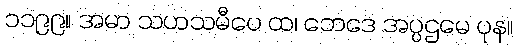
၁၁၉၉။ အမာ သဟသမီပေ ထ၊ ဘေဒေ အပ္ပဌမေ ပုန။